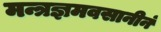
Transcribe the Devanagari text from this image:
मन्त्रज्ञमवसानीनं